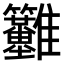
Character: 𩁳